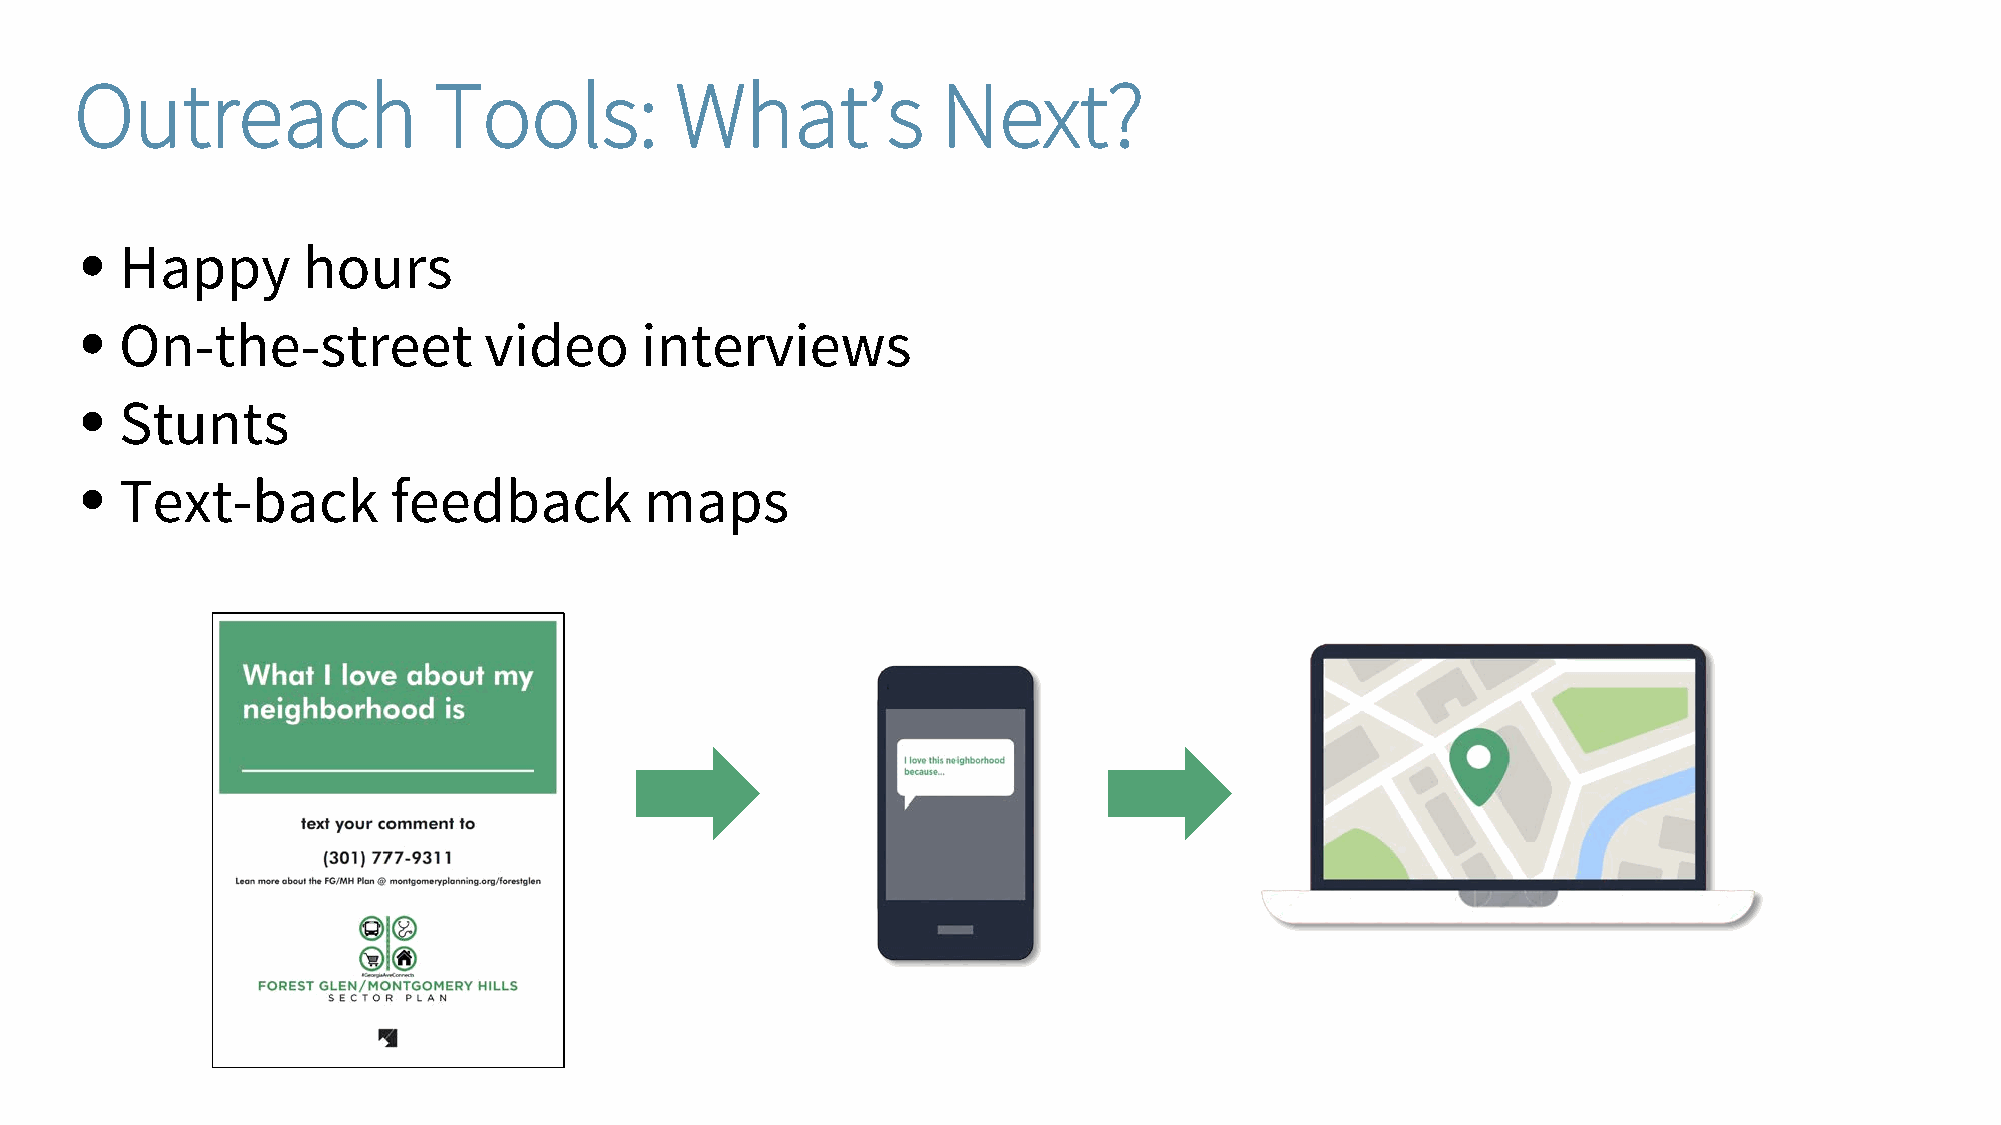
Outreach                Tools:          What’s           Next?
 •  Happy       hours
 •  On-the-street           video     interviews
 •  Stunts
 •  Text-back         feedback         maps